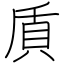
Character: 貭